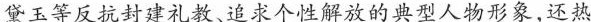
黛玉等反抗封建礼教、追求个性解放的典型人物形象，还热